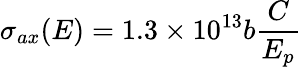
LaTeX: \sigma_{ax}(E)=1.3\times 10^{13}b{\frac{C}{E_{p}}}